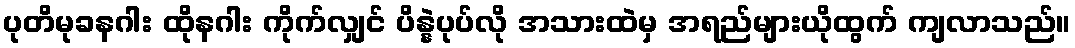
ပုတိမုခနဂါး ထိုနဂါး ကိုက်လျှင် ပိန္နဲပုပ်လို အသားထဲမှ အရည်များယိုထွက် ကျလာသည်။